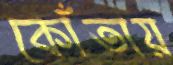
কোঁতায়